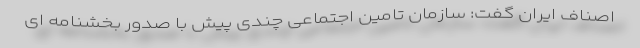
اصناف ایران گفت: سازمان تامین اجتماعی چندی پیش با صدور بخشنامه ای